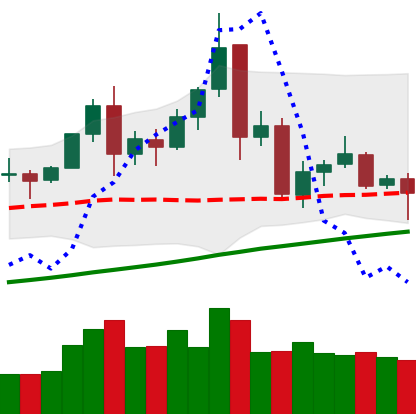
Ticker: TRX-USD
Chart end date: 2021-11-24
Forward return: -4.006%
Label: down_3_5